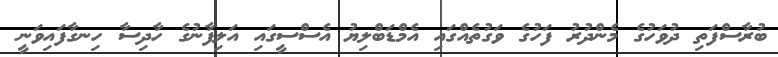
ބުރާސްފަތި ދުވަހުގެ މެންދުރު ފަހުގެ ވަގުތެއްގައި އެމްޑަބްލިޔު އެސްސީގައި އަލިފާނުގެ ހާދިސާ ހިނގާފައިވަނީ